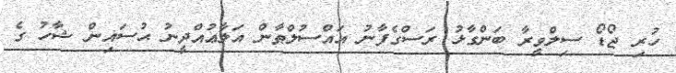
ހުރި ޖޯޑޯ ސިލްވީރާ ބަންގާޅު ރަސްގެފާނު އައްސުލްޠާން އަލާޢުއްދީނު ޙުސައިން ޝާހު ގެ